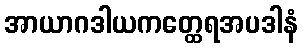
အာယာဂဒါယကတ္ထေရအပဒါနံ